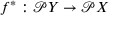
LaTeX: f ^ { * } : { \mathcal { P } } Y \to { \mathcal { P } } X